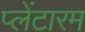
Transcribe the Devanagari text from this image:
प्लेंटारम